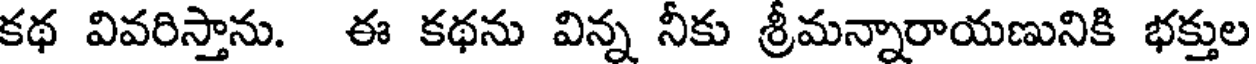
కథ వివరిస్తాను. ఈ కథను విన్న నీకు శ్రీమన్నారాయణునికి భక్తుల